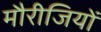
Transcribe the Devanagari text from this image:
मौरीजियों